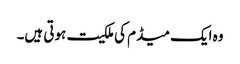
وہ ایک میڈم کی ملکیت ہوتی ہیں۔